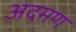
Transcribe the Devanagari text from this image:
अदमण